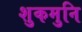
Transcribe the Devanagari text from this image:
शुकमुनि